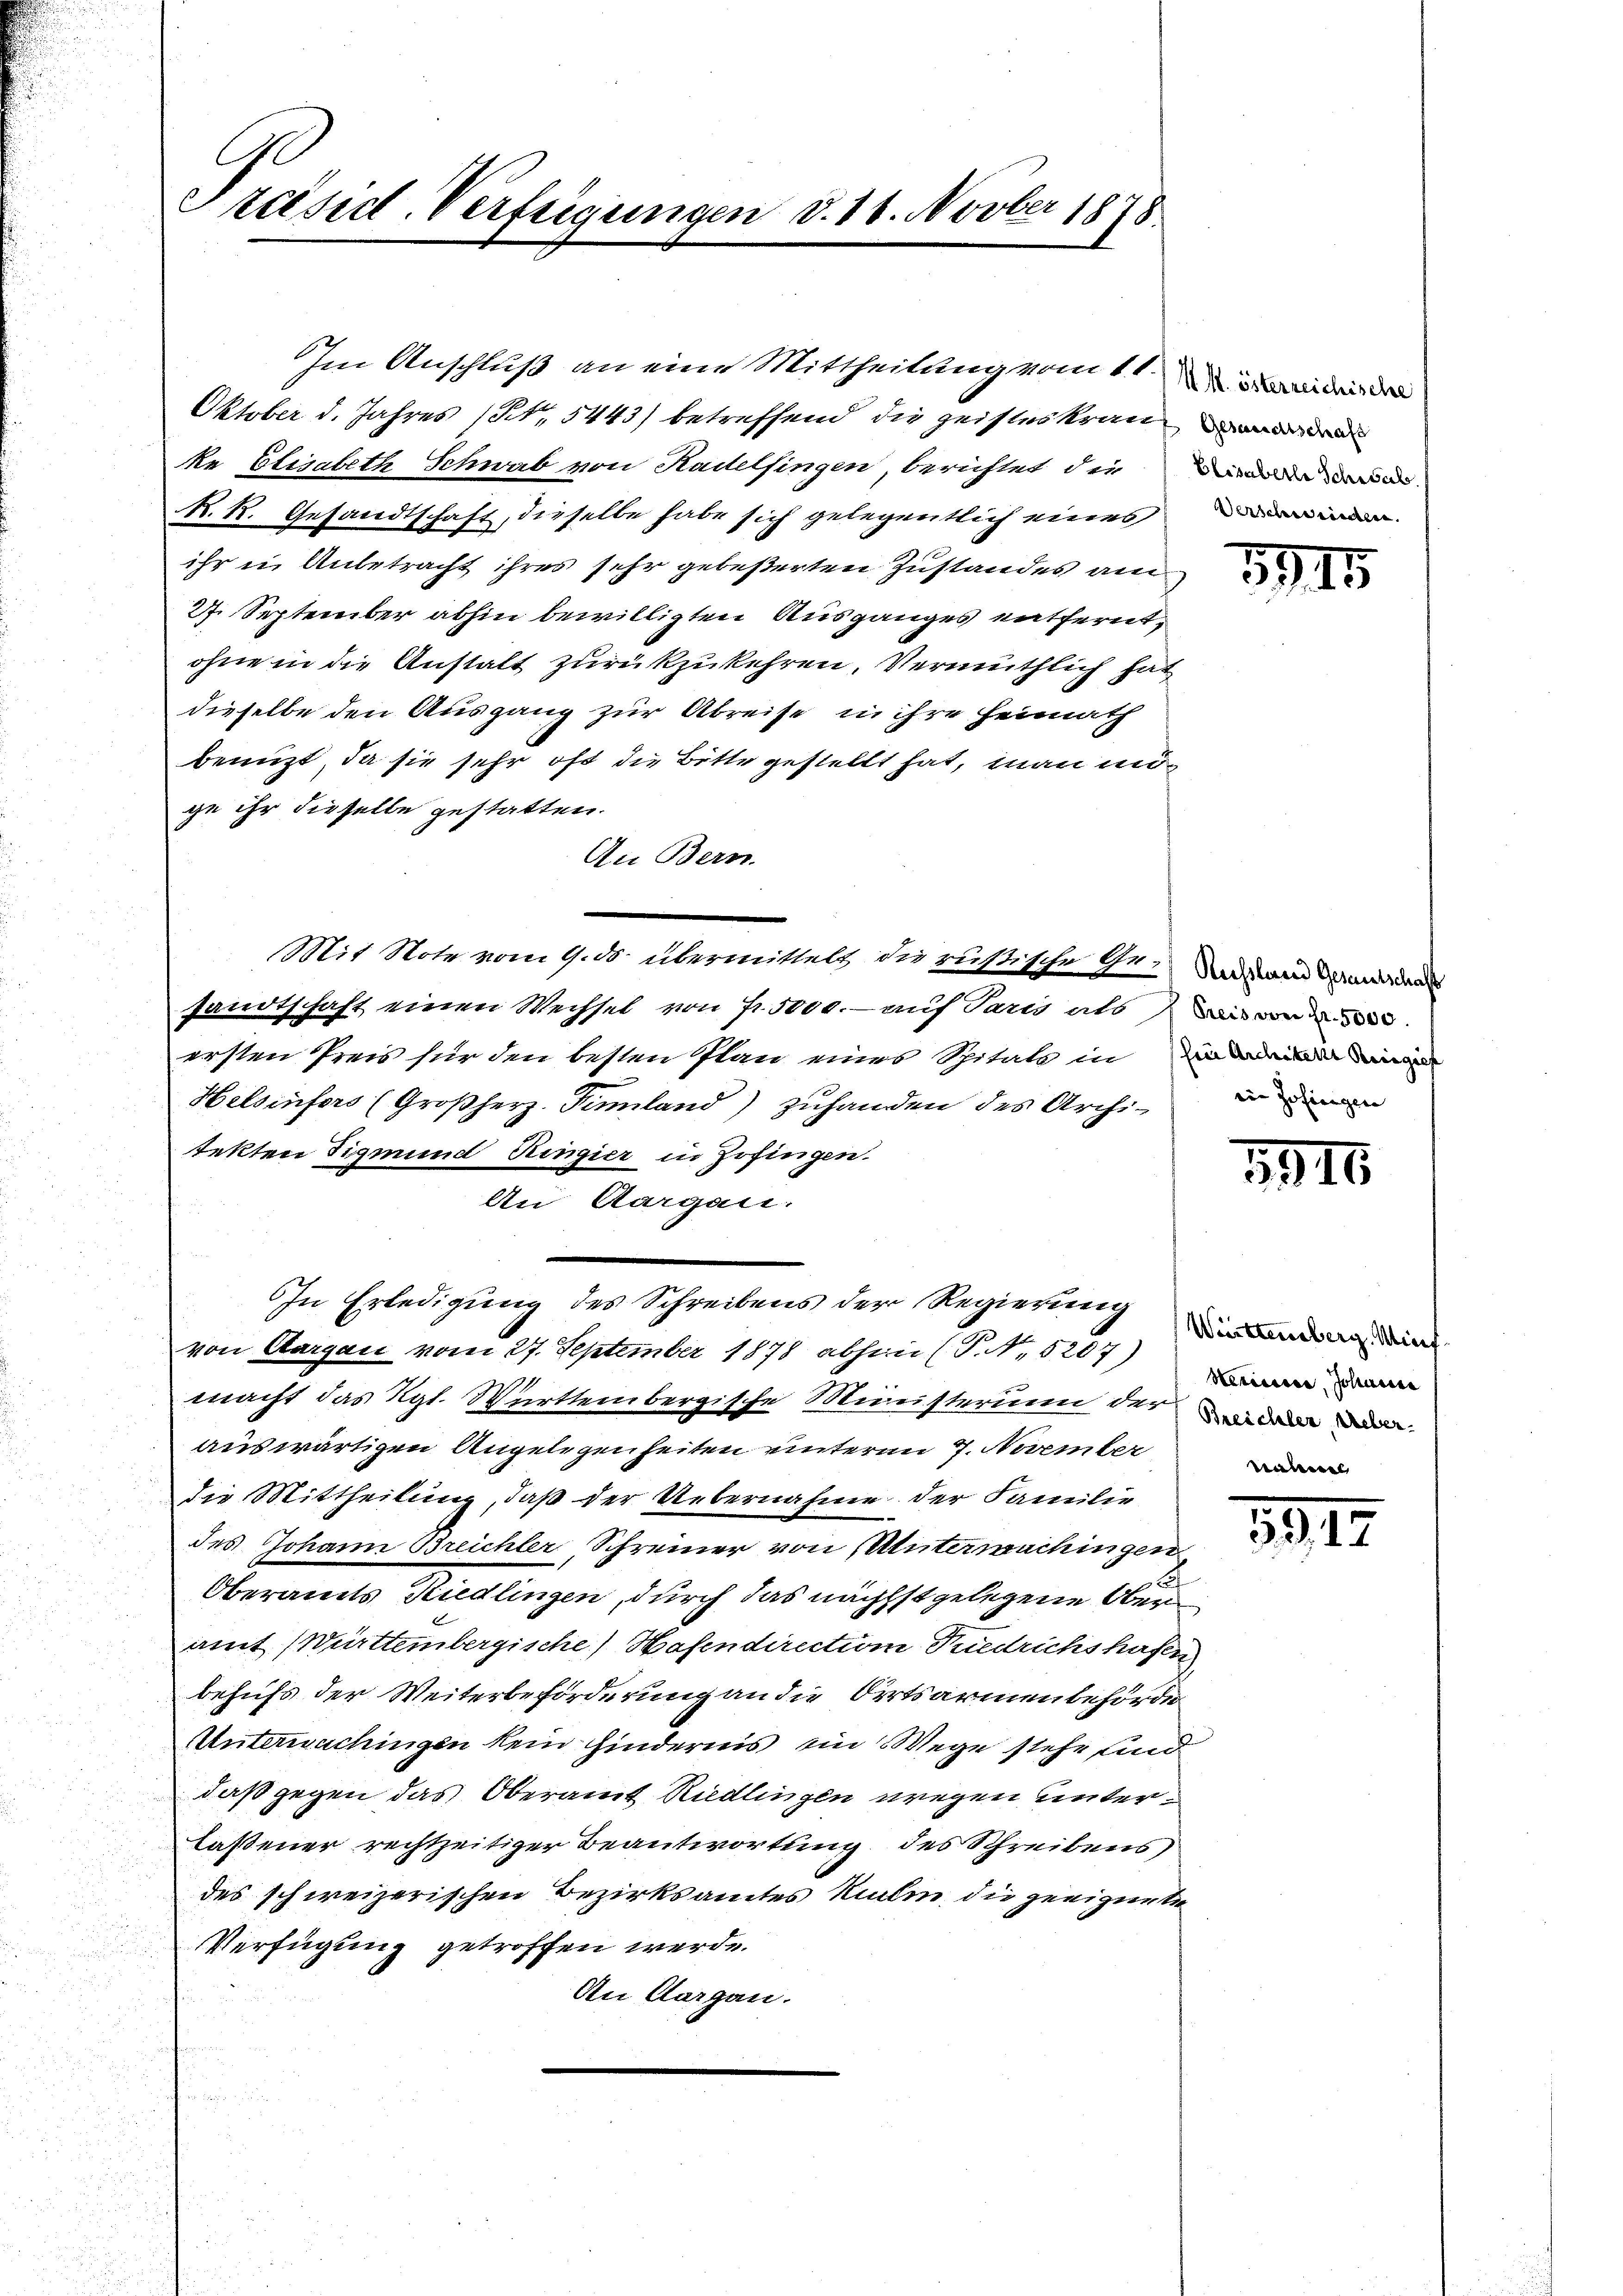
Präsid-Verfügungen d. 10. Novber 1878.

Im Anschluß an eine Mittheilung vom 11.
Oktober d. Jahres (S. 5443) betreffend die geisteskrander
ke Elisabeth Schwab von Radelsingen, berichtet die
R. R. Gesandtschaft, dieselbe habe sich gelegentlich eines
ihr in Anbetracht ihres sehr gebeßerten Zustandes am
27. September abhin bewilligten Ausganges entfernt,
ohne in die Anstalt zurückzukehren, Vermuthlich hat
dieselbe den Ausgang zur Abreise in ihre Heimath
benuzt, da sie sehr oft die Bitte gestellt hat, man möge ihr dieselbe gestatten.
An Bern.
sandtschaft einen Wechsel von fr. 5000.- auf Paris als an de
ersten Preis für den besten Plan eines Spitals in ein
Helsinfers (Großherz. Finnland) zuhanden des Archi- den
tekten Sigmund Ringier in Zofingen.
An Aargau.
In Erledigung des Schreibens der Regierung
von Aargau vom 27. September 1878 abhin (P. Nr. 5207)
macht das Rgt. Württembergische Ministerum der die
auswärtigen Angelegenheiten unterm 7. November
Die Mittheilung, daß der Uebernahme der Familie
des Johann Breichler Schreiner von Untermachingen
E
Oberamts Riedlingen, durch das nächst gelegene Ober
amt Württembergische Hasendirection Tuedrichshafen
behufs der Weiterbeforderung an die Ortsarmenbehörde
Unterwachingen kein hindernis ein Wege stehe und
daß gegen das Oberamt Riedlingen wegen unterlaßener rechtzeitiger Beantwortung des Schreibens
des schweizerischen Bezirksamtes Malen, die geeignete
Verfügung getroffen werde.
An Aargau.

Mit Note vom 9. ds. übermittels die rusische Ge- und an worden

MM. österreichische

1945

1946.

Württemberg Wint
Hercessia, Johanne
Ratessel

1917